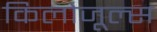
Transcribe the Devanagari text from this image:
किलोजूल्स